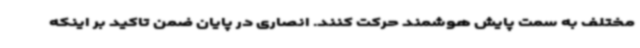
مختلف به سمت پایش هوشمند حرکت کنند. انصاری در پایان ضمن تاکید بر اینکه